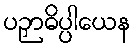
ပဉှာဓိပ္ပါယေန